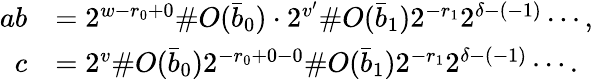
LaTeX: \begin{array}{rl}{ab}&{=2^{w-r_{0}+0}\# O(\bar{b}_{0})\cdot 2^{v^{\prime}}\# O(\bar{b}_{1})2^{-r_{1}}2^{\delta-(-1)}\cdots,}\\ {c}&{=2^{v}\# O(\bar{b}_{0})2^{-r_{0}+0-0}\# O(\bar{b}_{1})2^{-r_{1}}2^{\delta-(-1)}\cdots.}\end{array}